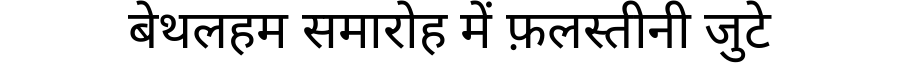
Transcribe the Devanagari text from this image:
बेथलहम समारोह में फ़लस्तीनी जुटे